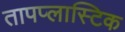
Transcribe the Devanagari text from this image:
तापप्लास्टिक